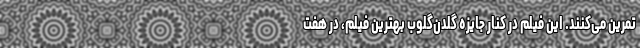
تمرین می‌کنند. این فیلم در کنار جایزه گلدن‌گلوب بهترین فیلم، در هفت